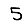
Digit: 5